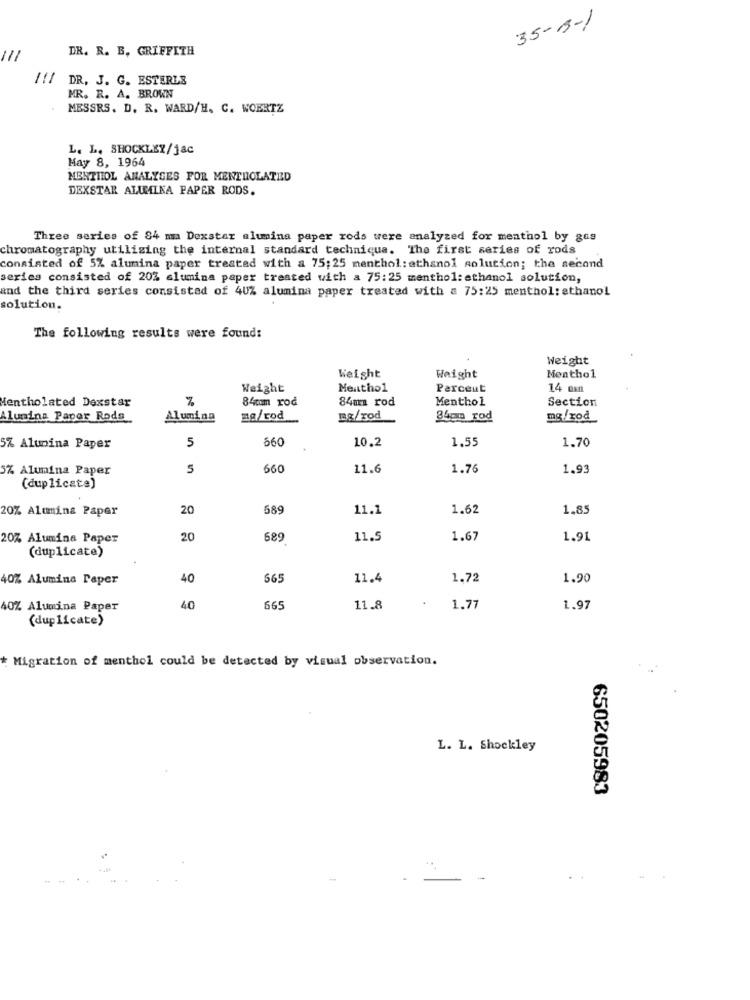
35-3-1
DR. R. B. GRIFFITH
111
/11
DR. J. G. ESTERLE
MR. R. A. BROWN
MESSRS. D. R. WARD/H. C. WOERTZ
L. L. SHOCKLEY/jac
May 8, 1964
MENTIIOL ANALYSES FOR MENTHOLATED
DEXSTAR ALUMINA PAPER RODS.
Three series of 84 ma Dexstar alumina paper rods were analyzed for menthol by gas
chromatography utilizing the internal standard technique. The first series of rods
consisted of 5% alumina paper treated with a 75;25 menthol: ethanol solution; the second
series consisted of 20% alumina paper treated with a 75:25 menthol: ethanol solution,
and the third series consisted of 40% alumina paper treated with a 75:25 menthol: ethanol
solution.
The following results were found:
Weight
Weight
Weight
Menthol
Weight
Menthol
Percent
14 em
Mentholated Dexstar
84com rod
84m rod
Menthol
Section
Alumina Paper Roda
Alumina
mg/rod
mg/rod
34pm rod
mg/rod
5
660
10.2
1.55
1.70
5% Alumina Paper
5% Alumina Paper
5
660
11.6
1.76
1.93
(duplicate)
20% Alumina Paper
20
589
11.1
1.62
1,85
20% Alumina Paper
20
689
11.5
1.67
1.91
(duplicate)
40% Alumina Paper
40
565
11.4
1.72
1.90
40% Alumina Paper
40
665
11.8
1.77
1.97
(duplicate)
* Migration of menthol could be detected by visual observation.
L. L. Shockley
650205983